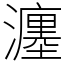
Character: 瀍